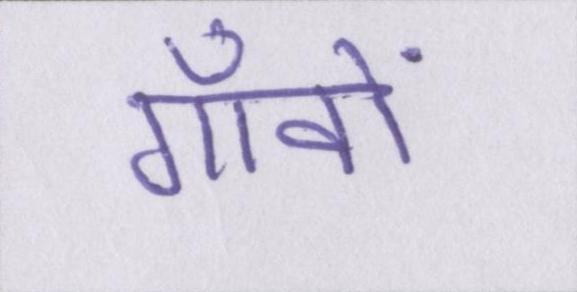
गाँवों